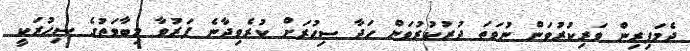
ދެމަފިރިން ވަރިކުރުވަން ނުވަތަ ދުރުކުރުވަން ހަދާ ސިޙުރަށް ކުރެވިދާނެ ފަރުވާ މިބާވަތުގެ ސިޙުރަކީ